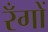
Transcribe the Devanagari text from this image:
रँगों